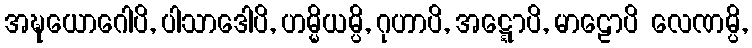
အဍ္ဎယောဂေါပိ, ပါသာဒေါပိ, ဟမ္မိယမ္ပိ, ဂုဟာပိ, အဋ္ဋောပိ, မာဠောပိ လေဏမ္ပိ,